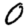
Digit: 0